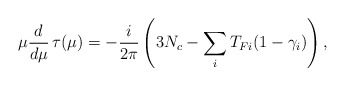
\begin{align*}\mu {d \over d \mu} \, \tau(\mu) = - { i \over 2 \pi} \left(3 N_c - \sum_i T_{Fi} (1- \gamma_i) \right),\end{align*}